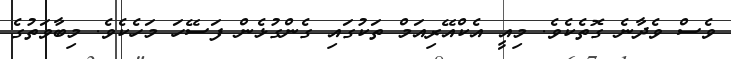
ވެސް ވެދާނެ ގޮތެކެވެ. މިއީ އެކްއޭރިއަމް ތަކުގައި ގެންގުޅެން ފަސޭހަ މަހެކެވެ. މިބާވަތުގެ